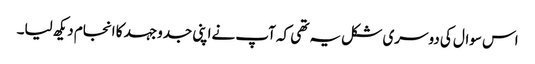
اس سوال کی دوسری شکل یہ تھی کہ آپ نےاپنی جدوجہد کا انجام دیکھ لیا۔